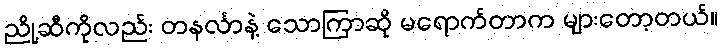
ညို့ဆီကိုလည်း တနင်္လာနဲ့ သောကြာဆို မရောက်တာက များတော့တယ်။